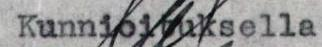
Kunnioituksella